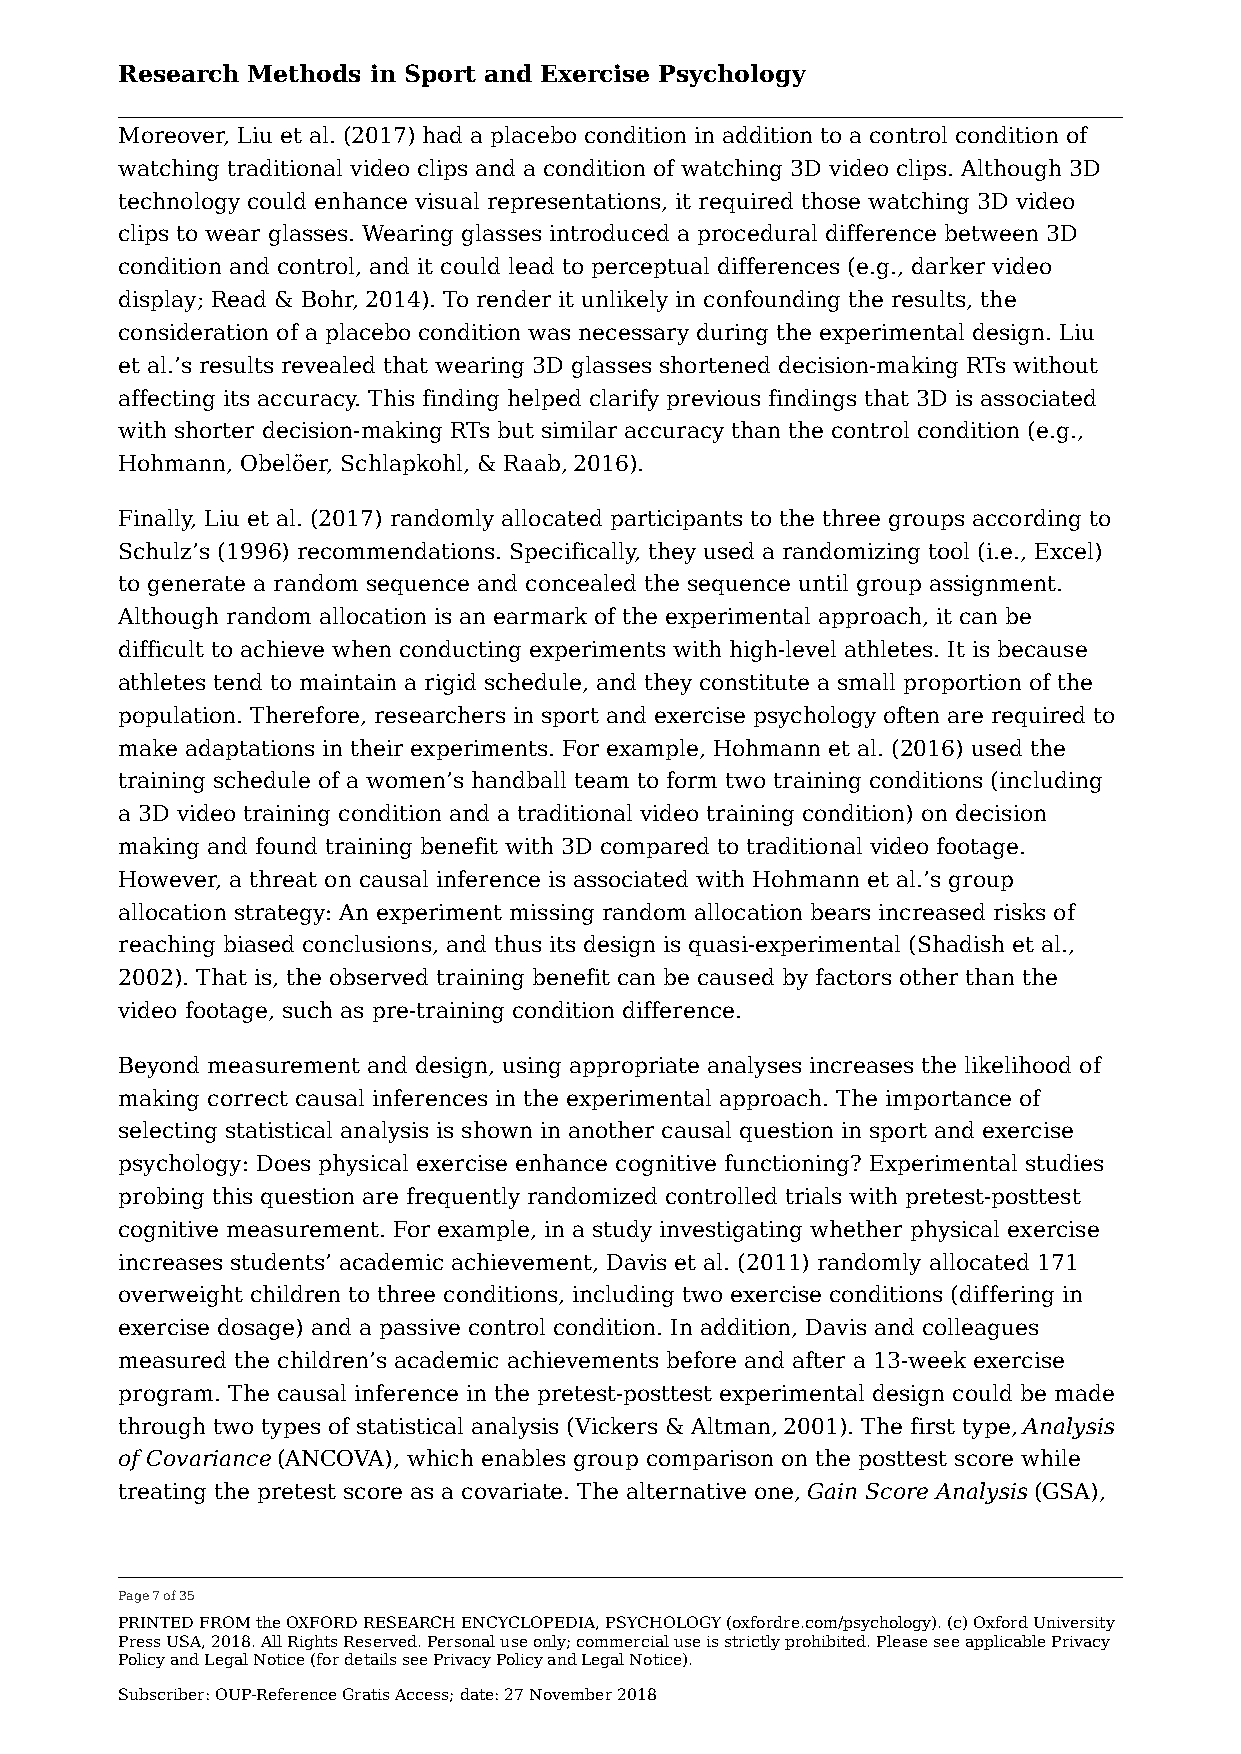
Research Methods in Sport and Exercise Psychology
 Moreover, Liu et al. (2017) had a placebo condition in addition to a control condition of
 watching traditional video clips and a condition of watching 3D video clips. Although 3D
 technology could enhance visual representations, it required those watching 3D video
 clips to wear glasses. Wearing glasses introduced a procedural difference between 3D
 condition and control, and it could lead to perceptual differences (e.g., darker video
 display; Read & Bohr, 2014). To render it unlikely in confounding the results, the
 consideration of a placebo condition was necessary during the experimental design. Liu
 et al.’s results revealed that wearing 3D glasses shortened decision-making RTs without
 affecting its accuracy. This finding helped clarify previous findings that 3D is associated
 with shorter decision-making RTs but similar accuracy than the control condition (e.g.,
 Hohmann, Obelöer, Schlapkohl, & Raab, 2016).
 Finally, Liu et al. (2017) randomly allocated participants to the three groups according to
 Schulz’s (1996) recommendations. Specifically, they used a randomizing tool (i.e., Excel)
 to generate a random sequence and concealed the sequence until group assignment.
 Although random allocation is an earmark of the experimental approach, it can be
 difficult to achieve when conducting experiments with high-level athletes. It is because
 athletes tend to maintain a rigid schedule, and they constitute a small proportion of the
 population. Therefore, researchers in sport and exercise psychology often are required to
 make adaptations in their experiments. For example, Hohmann et al. (2016) used the
 training schedule of a women’s handball team to form two training conditions (including
 a 3D video training condition and a traditional video training condition) on decision
 making and found training benefit with 3D compared to traditional video footage.
 However, a threat on causal inference is associated with Hohmann et al.’s group
 allocation strategy: An experiment missing random allocation bears increased risks of
 reaching biased conclusions, and thus its design is quasi-experimental (Shadish et al.,
 2002). That is, the observed training benefit can be caused by factors other than the
 video footage, such as pre-training condition difference.
 Beyond measurement and design, using appropriate analyses increases the likelihood of
 making correct causal inferences in the experimental approach. The importance of
 selecting statistical analysis is shown in another causal question in sport and exercise
 psychology: Does physical exercise enhance cognitive functioning? Experimental studies
 probing this question are frequently randomized controlled trials with pretest-posttest
 cognitive measurement. For example, in a study investigating whether physical exercise
 increases students’ academic achievement, Davis et al. (2011) randomly allocated 171
 overweight children to three conditions, including two exercise conditions (differing in
 exercise dosage) and a passive control condition. In addition, Davis and colleagues
 measured the children’s academic achievements before and after a 13-week exercise
 program. The causal inference in the pretest-posttest experimental design could be made
 through two types of statistical analysis (Vickers & Altman, 2001). The first type, Analysis
 of Covariance (ANCOVA), which enables group comparison on the posttest score while
 treating the pretest score as a covariate. The alternative one, Gain Score Analysis (GSA),
 Page 7 of 35
 PRINTED FROM the OXFORD RESEARCH ENCYCLOPEDIA, PSYCHOLOGY (oxfordre.com/psychology). (c) Oxford University
 Press USA, 2018. All Rights Reserved. Personal use only; commercial use is strictly prohibited. Please see applicable Privacy
 Policy and Legal Notice (for details see Privacy Policy and Legal Notice).
 Subscriber: OUP-Reference Gratis Access; date: 27 November 2018